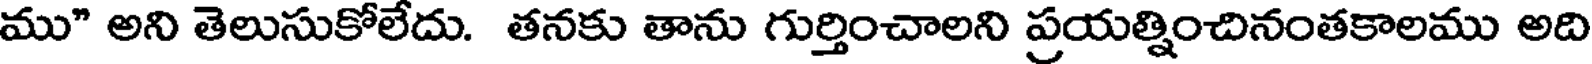
ము" అని తెలుసుకోలేదు. తనకు తాను గుర్తించాలని ప్రయత్నించినంతకాలము అది